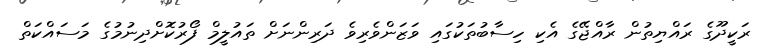
ރަކީދޫގެ ރައްޔިތުން ރާއްޖޭގެ އެކި ހިސާބުތަކުގައި ވަޒަންވެރިވެ ދަރިންނަށް ތައުލީމް ފޯރުކޮށްދިނުމުގެ މަސައްކަތް